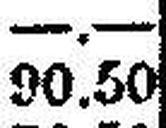
90.50